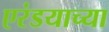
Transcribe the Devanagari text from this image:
एरंडयाच्या